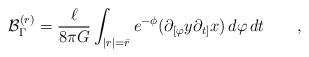
LaTeX: \begin{align*}{\cal B}^{(r)}_\Gamma= \frac {\ell} {8 \pi G} \int_{|r|=\bar r} e^{-\phi}( \partial_{[\varphi} y \partial_{t]} x ) \, d\varphi \, dt \qquad ,\end{align*}